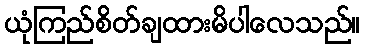
ယုံကြည်စိတ်ချထားမိပါလေသည်။